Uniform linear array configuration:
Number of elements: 16
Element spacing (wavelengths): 0.25
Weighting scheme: uniform
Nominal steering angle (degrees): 15
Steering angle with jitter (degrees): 13.259
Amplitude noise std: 0.05
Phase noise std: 0.05

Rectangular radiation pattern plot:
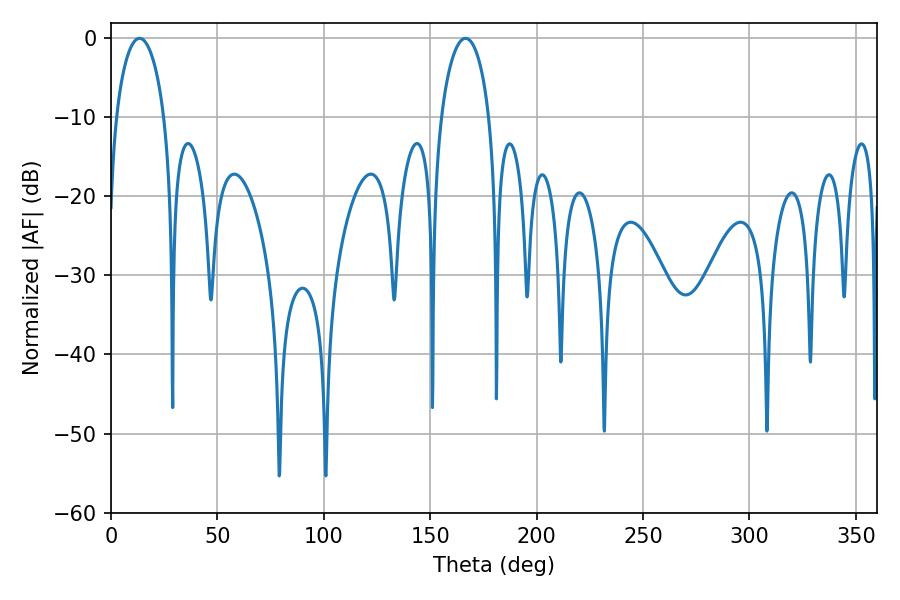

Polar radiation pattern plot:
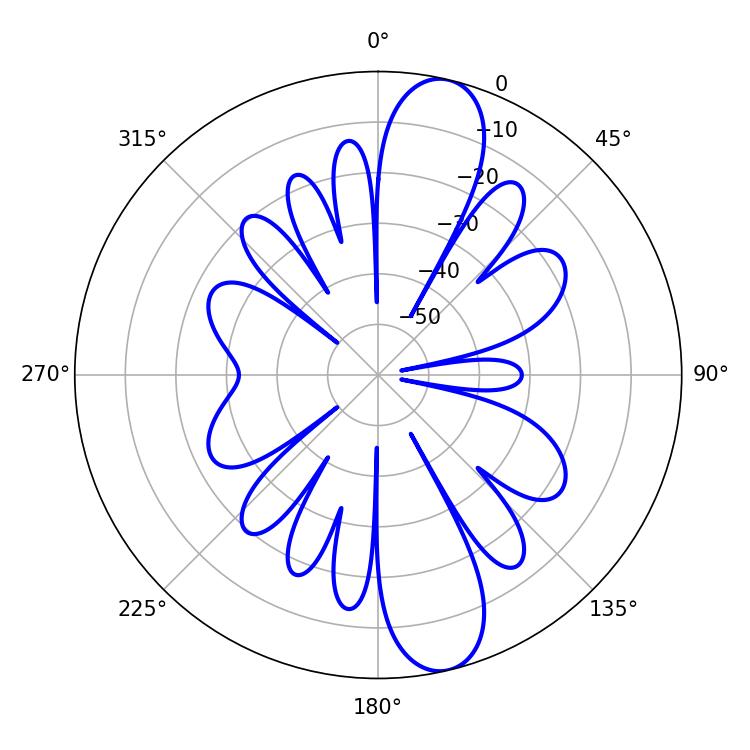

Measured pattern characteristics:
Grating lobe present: FALSE
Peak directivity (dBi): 12.297
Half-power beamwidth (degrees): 12.96
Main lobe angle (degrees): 13.32